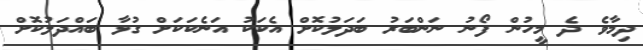
ދިމާވެ ދެ މީހުން ފޯނު ނަންބަރު ބަދަލުކޮށް އެކަކު އަނެކަކަށް ގުޅާ ބައްދަލުކޮށް